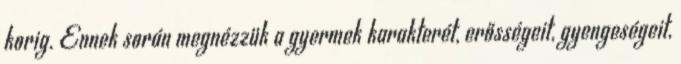
korig. Ennek során megnézzük a gyermek karakterét, erősségeit, gyengeségeit,